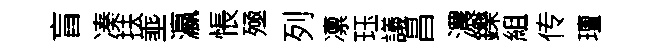
盲凑扶埀瀛悵殛列凛珏議昌濃鑠組传璮